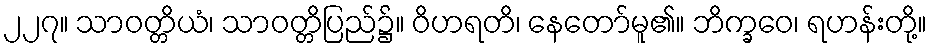
၂၂၇။ သာဝတ္တိယံ၊ သာဝတ္တိပြည်၌။ ဝိဟရတိ၊ နေတော်မူ၏။ ဘိက္ခဝေ၊ ရဟန်းတို့။